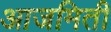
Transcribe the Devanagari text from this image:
आजमिती